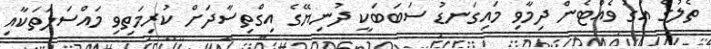
ތެލުގެ އަގު ވެއްޓެން ދިމާވި މައިގަނޑު ސަބަބަކީ ދުނިޔޭގެ އިގްތިސާދަށް ކުރިމަތިވި މައްސަލަތަކާއި